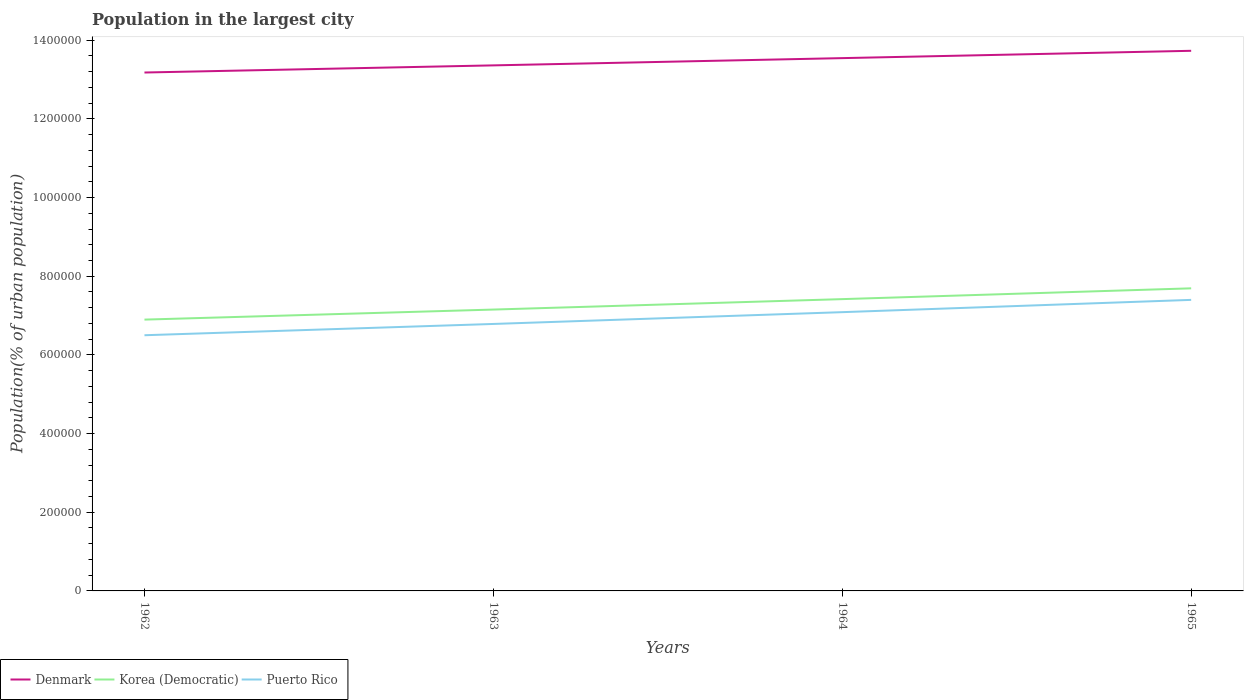
| Years | Denmark | Korea (Democratic) | Puerto Rico |
 | --- | --- | --- | --- |
 | 1962 | 1.32e+06 | 6.9e+05 | 6.5e+05 |
 | 1963 | 1.34e+06 | 7.15e+05 | 6.79e+05 |
 | 1964 | 1.35e+06 | 7.42e+05 | 7.09e+05 |
 | 1965 | 1.37e+06 | 7.69e+05 | 7.4e+05 |